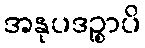
အနုပဒဉ္စာပိ